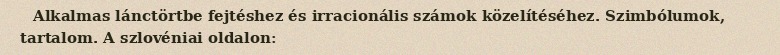
Alkalmas lánctörtbe fejtéshez és irracionális számok közelítéséhez. Szimbólumok, tartalom. A szlovéniai oldalon: